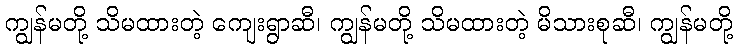
ကျွန်မတို့ သိမထားတဲ့ ကျေးရွာဆီ၊ ကျွန်မတို့ သိမထားတဲ့ မိသားစုဆီ၊ ကျွန်မတို့